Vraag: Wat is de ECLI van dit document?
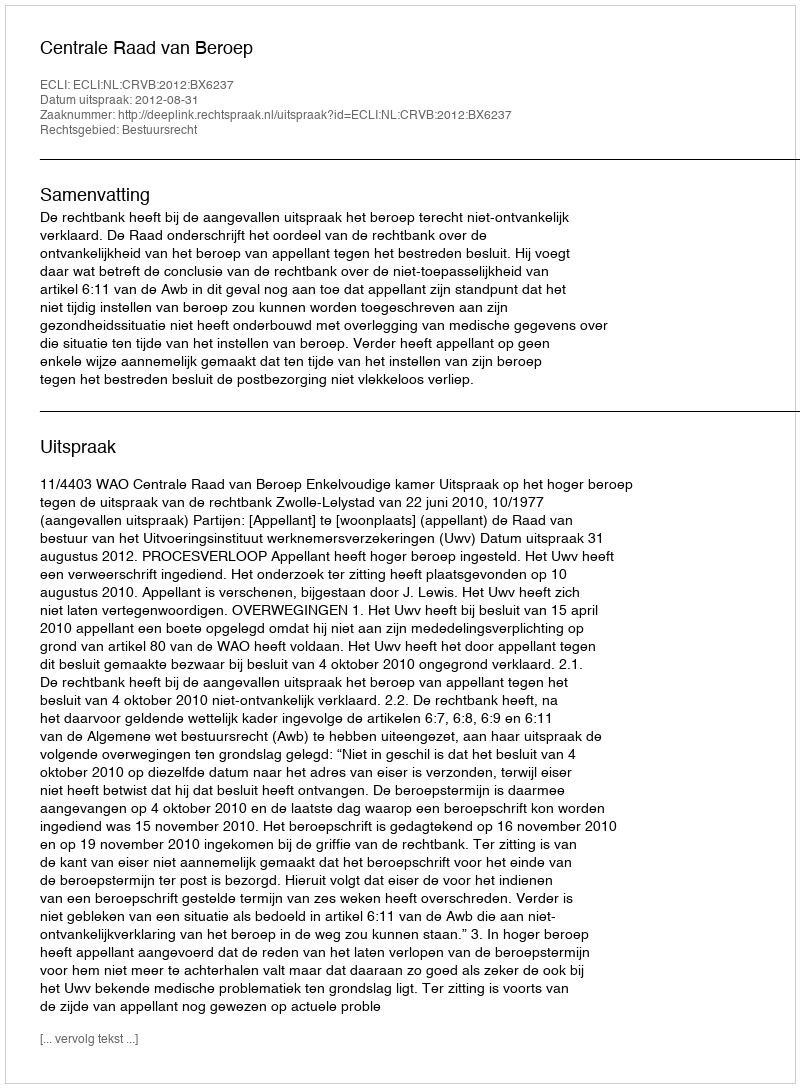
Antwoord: ECLI:NL:CRVB:2012:BX6237